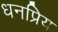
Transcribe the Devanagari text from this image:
धनप्रिय